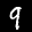
Label: 9